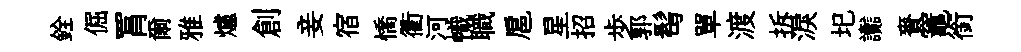
銓倔罥爾雅爐創妾宿憍衢河幟職扈星招歩郭髩單渡拆淚圯讟賚竈銜